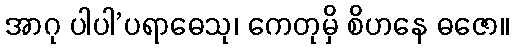
အာဂု ပါပါ’ပရာဓေသု၊ ကေတုမှိ စိဟနေ ဓဇော။